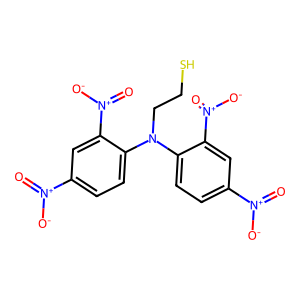
SMILES: O=[N+]([O-])c1ccc(N(CCS)c2ccc([N+](=O)[O-])cc2[N+](=O)[O-])c([N+](=O)[O-])c1
Inhibits HIV replication: No